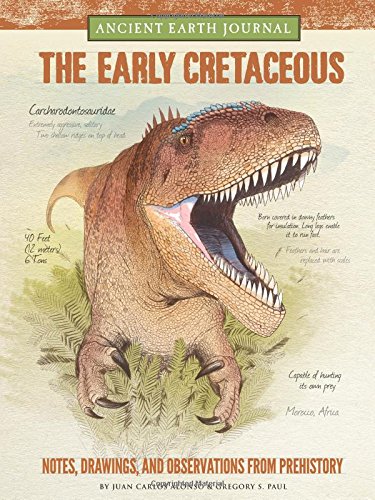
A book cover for Ancient Earth Journal: The Early Cretaceous: Notes, drawings, and observations from prehistory; Juan Carlos Alonso; Children's Books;